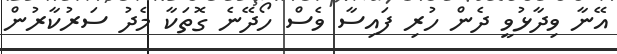
އޭނާ ވިދާޅުވީ ދެން ހުރި ފައިސާ ވެސް ހޯދޭނެ ގޮތަކާ މެދު ސަރުކާރުން